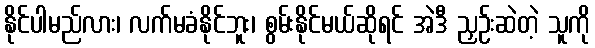
နိုင်ပါမည်လား၊ လက်မခံနိုင်ဘူး၊ စွမ်းနိုင်မယ်ဆိုရင် အဲဒီ ညှဉ်းဆဲတဲ့ သူကို